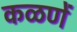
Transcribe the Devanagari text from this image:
कळणें